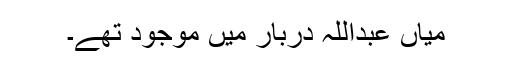
میاں عبداللہ دربار میں موجود تھے۔